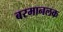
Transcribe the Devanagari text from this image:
बरमानलक